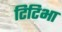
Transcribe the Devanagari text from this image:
टिटिभा